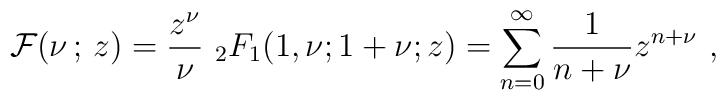
{\cal F}(\nu\,;\, z) =\frac{z^{\nu}}{\nu}\ _2F_1(1,\nu;1+\nu;z) =\sum_{n=0}^{\infty}\frac{1}{n+\nu}z^{n+\nu}~,